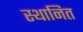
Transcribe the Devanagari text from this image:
स्थानित